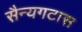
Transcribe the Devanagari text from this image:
सैन्यगटास